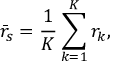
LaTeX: { \bar { r } } _ { s } = { \frac { 1 } { K } } \sum _ { k = 1 } ^ { K } r _ { k } ,